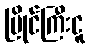
မြိုင်ကြီးငူ